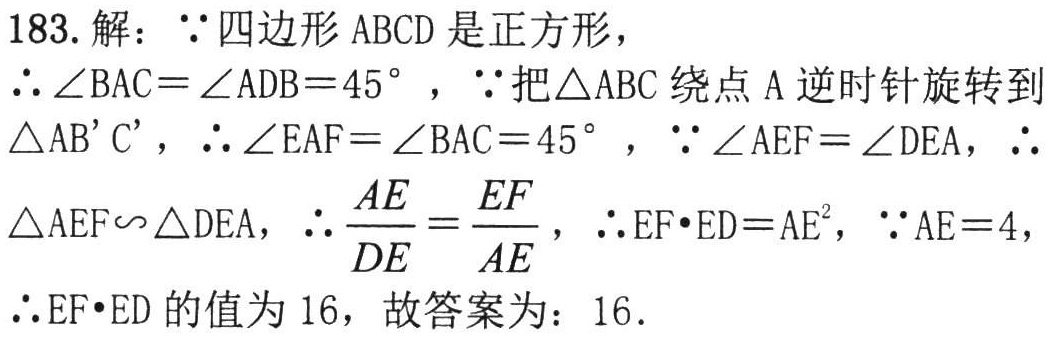
183. 解：\(\because\)四边形 \(ABCD\) 是正方形，
\(\therefore\angle BAC = \angle ADB = 45^{\circ}\)，\(\because\)把\(\triangle ABC\) 绕点 \(A\) 逆时针旋转到
\(\triangle AB'C'\)，\(\therefore\angle EAF = \angle BAC = 45^{\circ}\)，\(\because\angle AEF = \angle DEA\)，\(\therefore\)
\(\triangle AEF\sim\triangle DEA\)，\(\therefore \dfrac{AE}{DE}=\dfrac{EF}{AE}\)，\(\therefore EF\cdot ED = AE^{2}\)，\(\because AE = 4\)，
\(\therefore EF\cdot ED\) 的值为 \(16\)，故答案为：\(16\).